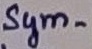
Text: Sym-